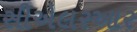
સીએલરઆર